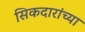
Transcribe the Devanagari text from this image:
सिकदारांच्या